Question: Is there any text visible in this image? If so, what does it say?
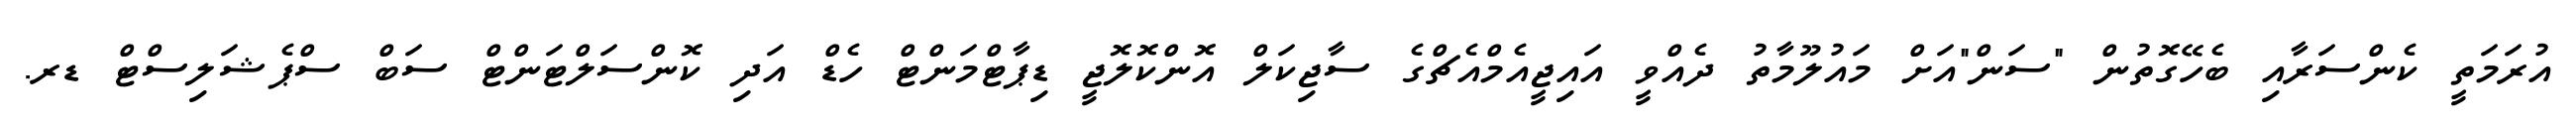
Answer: އުރަމަތީ ކެންސަރާއި ބެހޭގޮތުން "ސަން"އަށް މައުލޫމާތު ދެއްވީ އައިޖީއެމްއެޗްގެ ސާޖިކަލް އޮންކޮލޮޖީ ޑިޕާޓްމަންޓް ހެޑް އަދި ކޮންސަލްޓަންޓް ސަބް ސްޕެޝަލިސްޓް ޑރ.